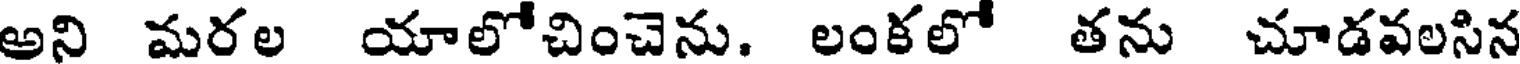
అని మరల యాలోచించెను. లంకలో తను చూడవలసిన